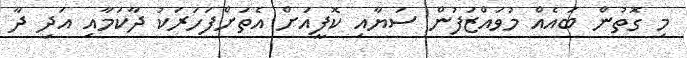
މި ގޮތުން ބައެއް މުވައްޒަފުން ސަޔާއި ކޮފީއަށް އެތަށްފަހަރަކު ދާކަމާއި އަދި ދާ